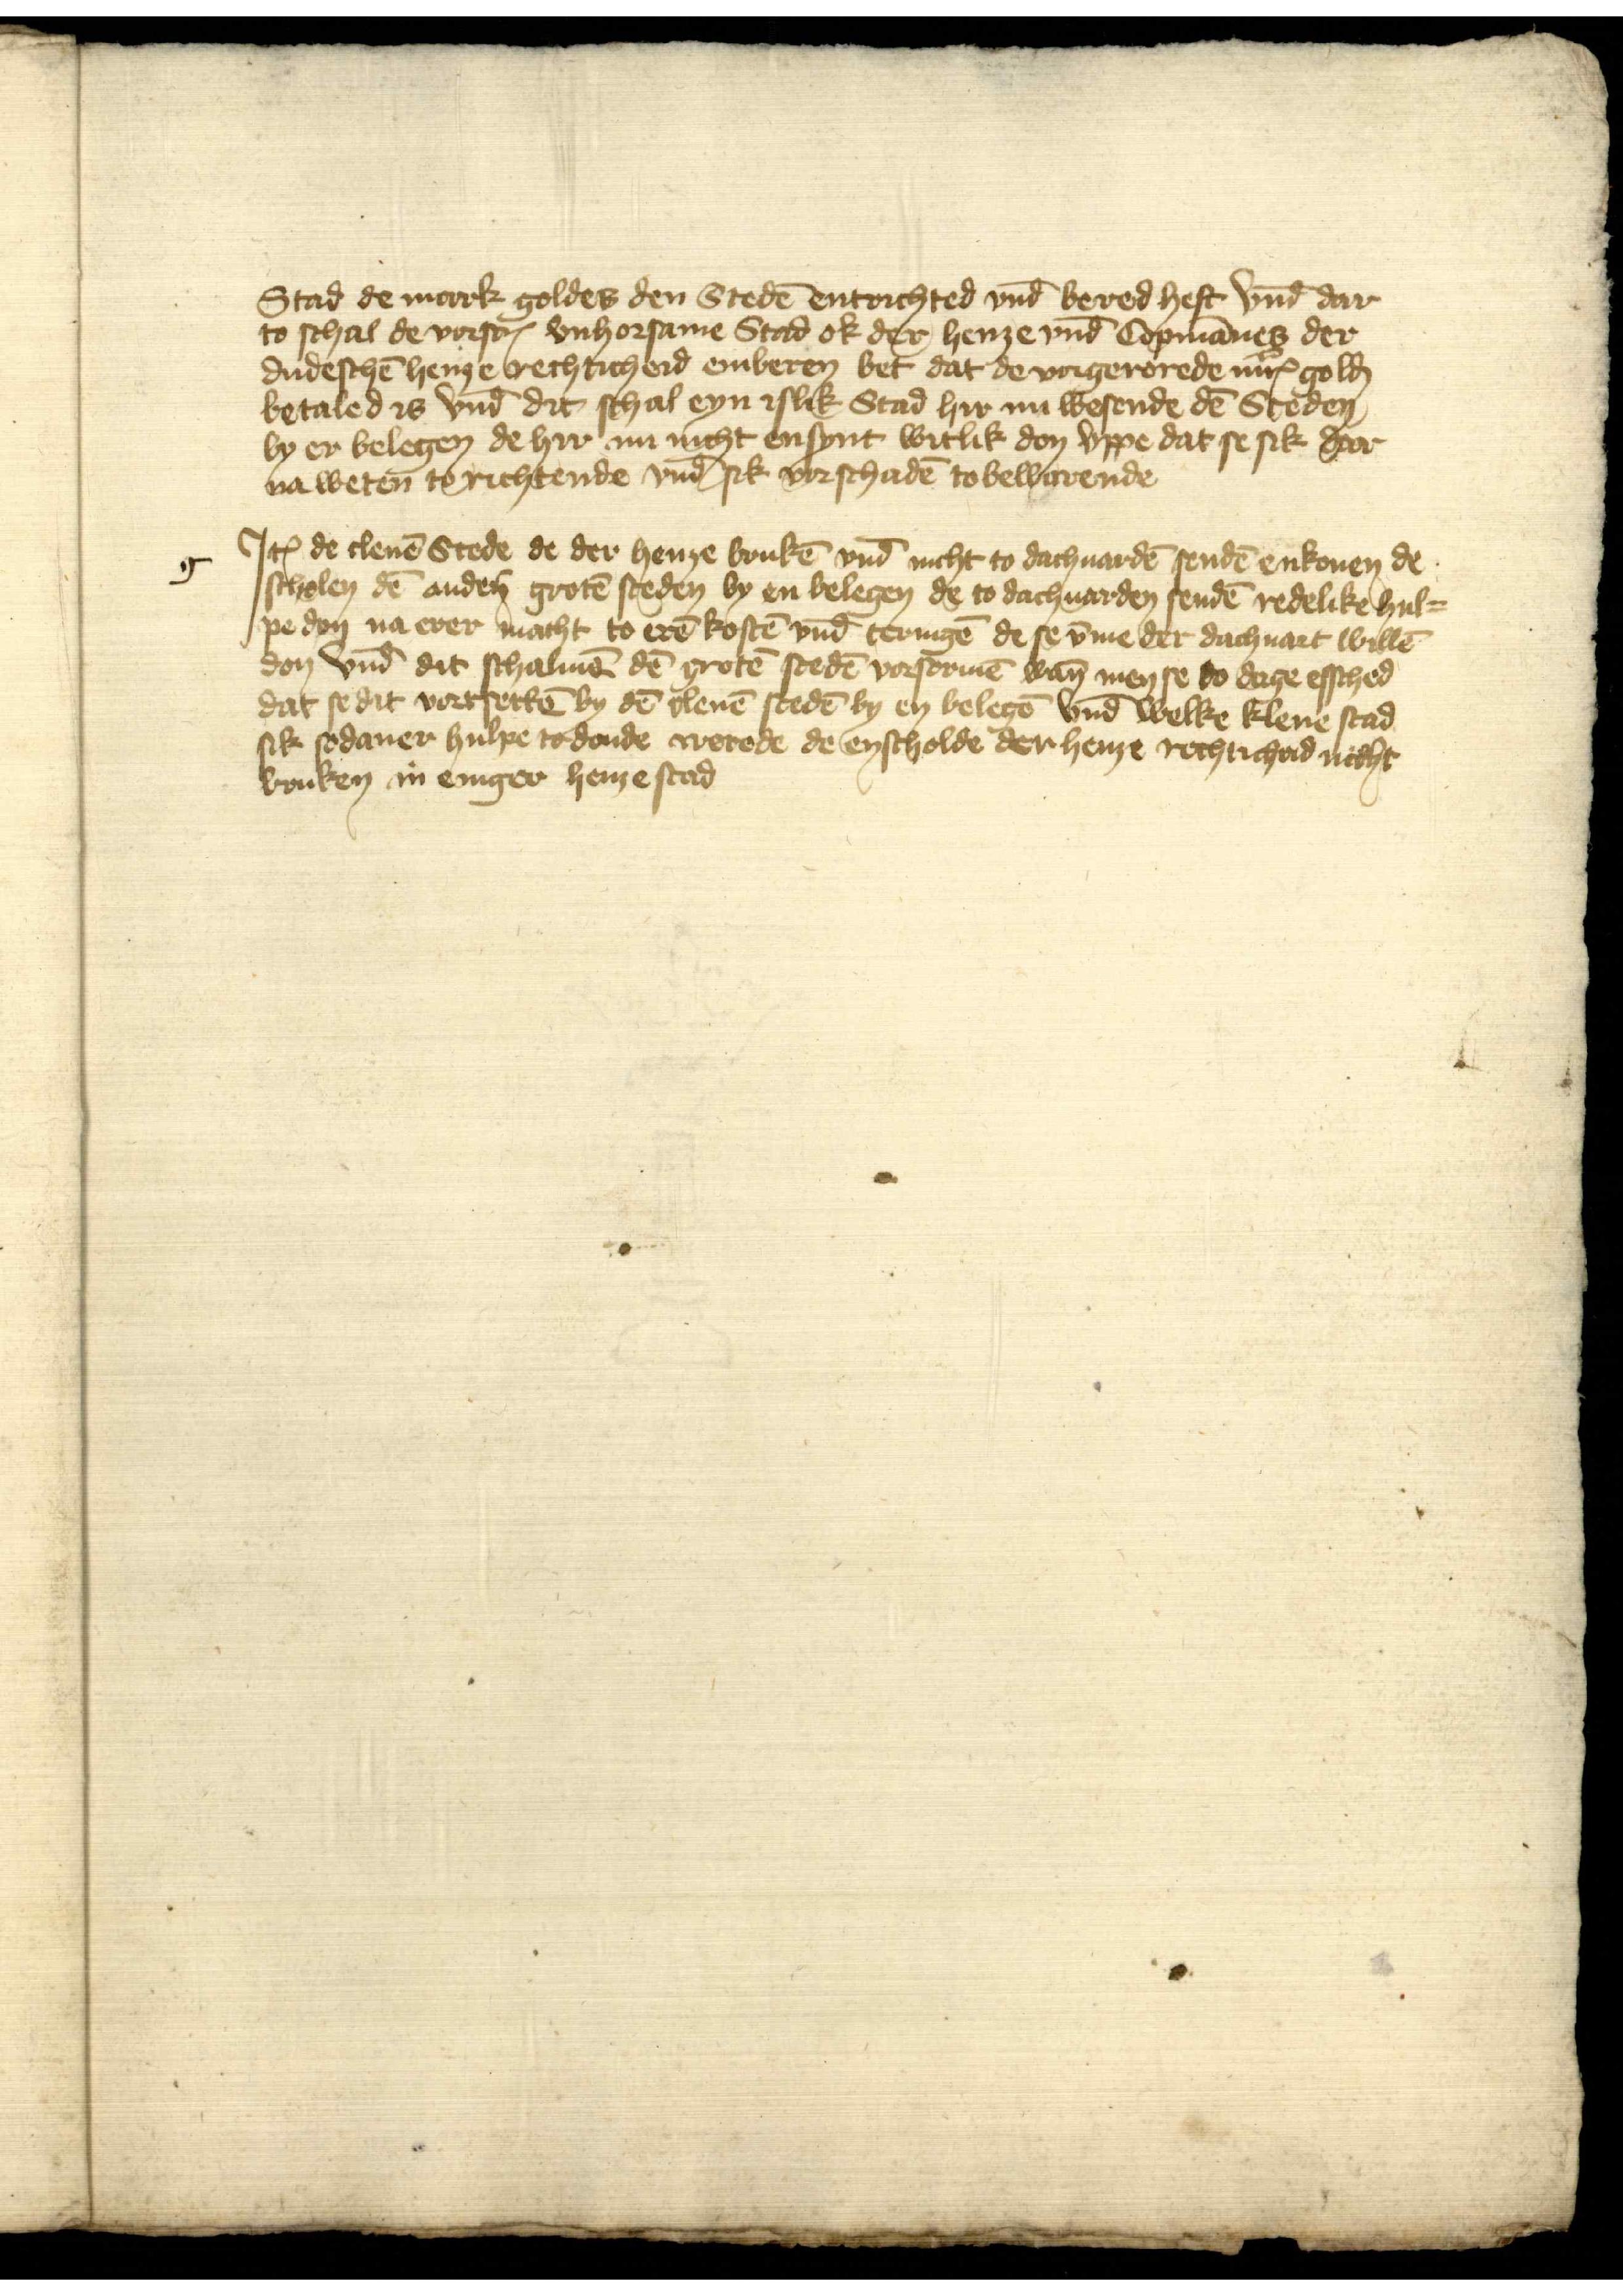
Stad de mark goldes den Stedē entrichted vnd̄ bered heft vnd̄ dar
to schal de vorscrꝬ vnhorsame Stad ok der henze vnd̄ Copmānes der
dudeschē henze rechticheid emberen bet dat de vorgerorede mit golḑ
betaled is vnd̄ dit schal eyn islik Stad hir nu wesende dē Steden
by er belegen de hyr nu nicht ensynt witlik den vppe dat se sik dar
na weten to richtende vnd̄ sik vorschadē to bewarende

g

Jꝷ de clenē Stede de der henze brukē vnd̄ nicht to dachuardē sendē enkonen de
scholen dē andẻn grotē steden by en belegen de to dachuarden sendē redelike hul¬
pe don na erer macht to erē kostē vnd̄ teringē de se v̄me der dachuart willē
don vnd̄ dat schalmē dē grotē stedē vorsormē wān men se to dage essched
dat se dit vortsettē by dē clenē stedē by en belegē vnd̄ welke klene stad
sik sodaner hulpe todonde werede de enscholde der henze rechticheid nicht
bruken in eniger henze stad